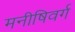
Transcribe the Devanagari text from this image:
मनीषिवर्ग